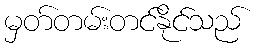
မှတ်တမ်းတင်နိုင်သည်